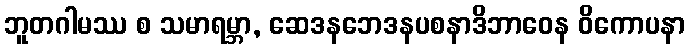
ဘူတဂါမဿ စ သမာရမ္ဘာ, ဆေဒနဘေဒနပစနာဒိဘာဝေန ဝိကောပနာ